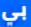
بي